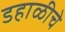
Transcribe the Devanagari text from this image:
डहाळीचे